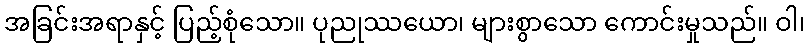
အခြင်းအရာနှင့် ပြည့်စုံသော။ ပုညုဿယော၊ များစွာသော ကောင်းမှုသည်။ ဝါ၊